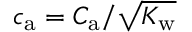
{ c _ { \mathrm { a } } = C _ { \mathrm { a } } / \sqrt { K _ { \mathrm { w } } } }